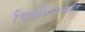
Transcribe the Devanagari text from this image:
चित्रशिल्पांपर्यंत